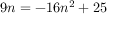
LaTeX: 9 n = - 1 6 n ^ { 2 } + 2 5